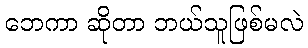
ဘေကာ ဆိုတာ ဘယ်သူဖြစ်မလဲ